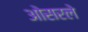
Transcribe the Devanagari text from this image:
ओसरले